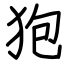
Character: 狍